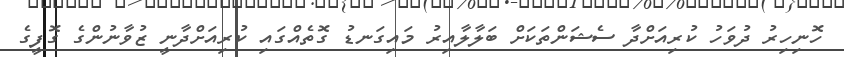
ހޮނިހިރު ދުވަހު ކުރިއަށްދާ ސެޝަންތަކަށް ބަލާލާއިރު މައިގަނޑު ގޮތެއްގައި ކުރިއަށްދާނީ ޒުވާނުންގެ ގޮފީގެ